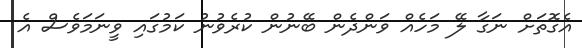
އެގޮތަށް ނަގާ ލޭ މަހެއް ވަންދެން ބޭނުން ކުރެވުނު ކަމުގައި ވީނަމަވެސް އެ